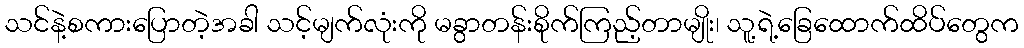
သင်နဲ့စကားပြောတဲ့အခါ သင့်မျက်လုံးကို မခွာတန်းစိုက်ကြည့်တာမျိုး၊ သူ့ရဲ့ခြေထောက်ထိပ်တွေက